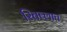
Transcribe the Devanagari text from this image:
रितब्लात